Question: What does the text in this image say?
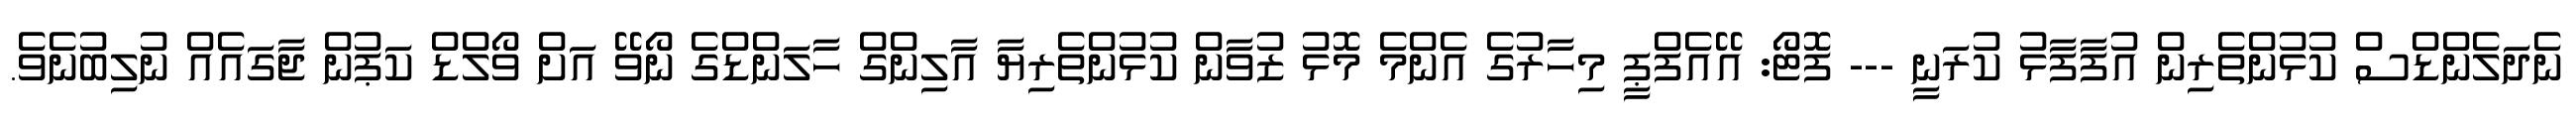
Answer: ނެދަލެންޑްސް ކުޅުންތެރިން އުފާފާޅު ކުރަނީ --- ފޮޓޯ: އޭއެފްޕީ މިހާރުގެ އެންމެ މޮޅު ޒުވާން ކުޅުންތެރިޔާ އާލިންގް ހާލަންޑްގެ ނޯވޭ އަށް ވޯލްޑް ކަޕުން ޖާގައެއް ނުލިބުނެވެ.